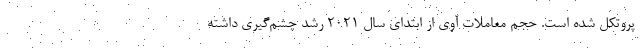
پروتکل شده است. حجم معاملات آوی از ابتدای سال ۲۰۲۱ رشد چشم‌گیری داشته